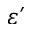
\varepsilon ^ { \prime }